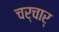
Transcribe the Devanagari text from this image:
चर्चार्